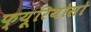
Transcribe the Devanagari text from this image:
फ्यूरियोसो